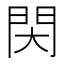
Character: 𨳓